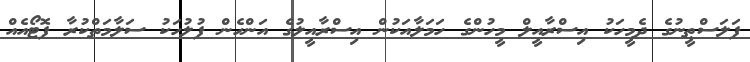
ފަލަސްޠީނުގެ ދެމީހަކު އިސްރާއީލް މީހުންގެ ހަމަލާއަކުން އިސްރާއީލުގެ އަންހެން ފުލުހަކު ސަލާމަތްކުރާ ފޮޓޯއެއް